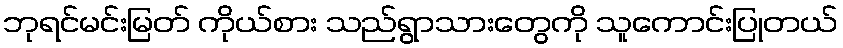
ဘုရင်မင်းမြတ် ကိုယ်စား သည်ရွာသားတွေကို သူကောင်းပြုတယ်